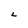
Character: L